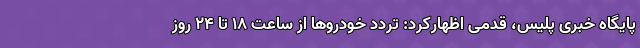
پایگاه خبری پلیس، قدمی اظهارکرد: تردد خودروها از ساعت ۱۸ تا ۲۴ روز